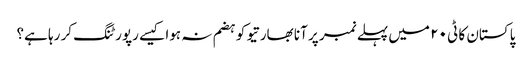
پاکستان کا ٹی ٢٠ میں پہلے نمبر پر آنا بھارتیو کو ہضم نہ ہوا کیسے رپورٹنگ کر رہا ہے؟